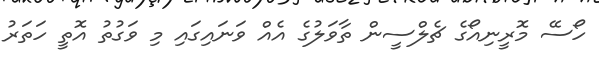
ހޯސޭ މޮރީނިއޯގެ ޗެލްސީން ތާވަލުގެ އެއް ވަނައިގައި މި ވަގުތު އޮތީ ހަތަރު